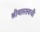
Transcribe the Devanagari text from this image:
श्रीवास्तवची